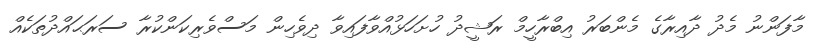
މާފަންނު މެދު ދާއިރާގެ މެންބަރު އިބްރާހީމް ރަޝީދު ހުށަހަޅުއްވާފައިވާ ދިވެހިން މަސްވެރިކަންކުރާ ސަރަޙައްދުތަކެއް